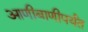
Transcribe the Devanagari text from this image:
आणीबाणीपर्यंत